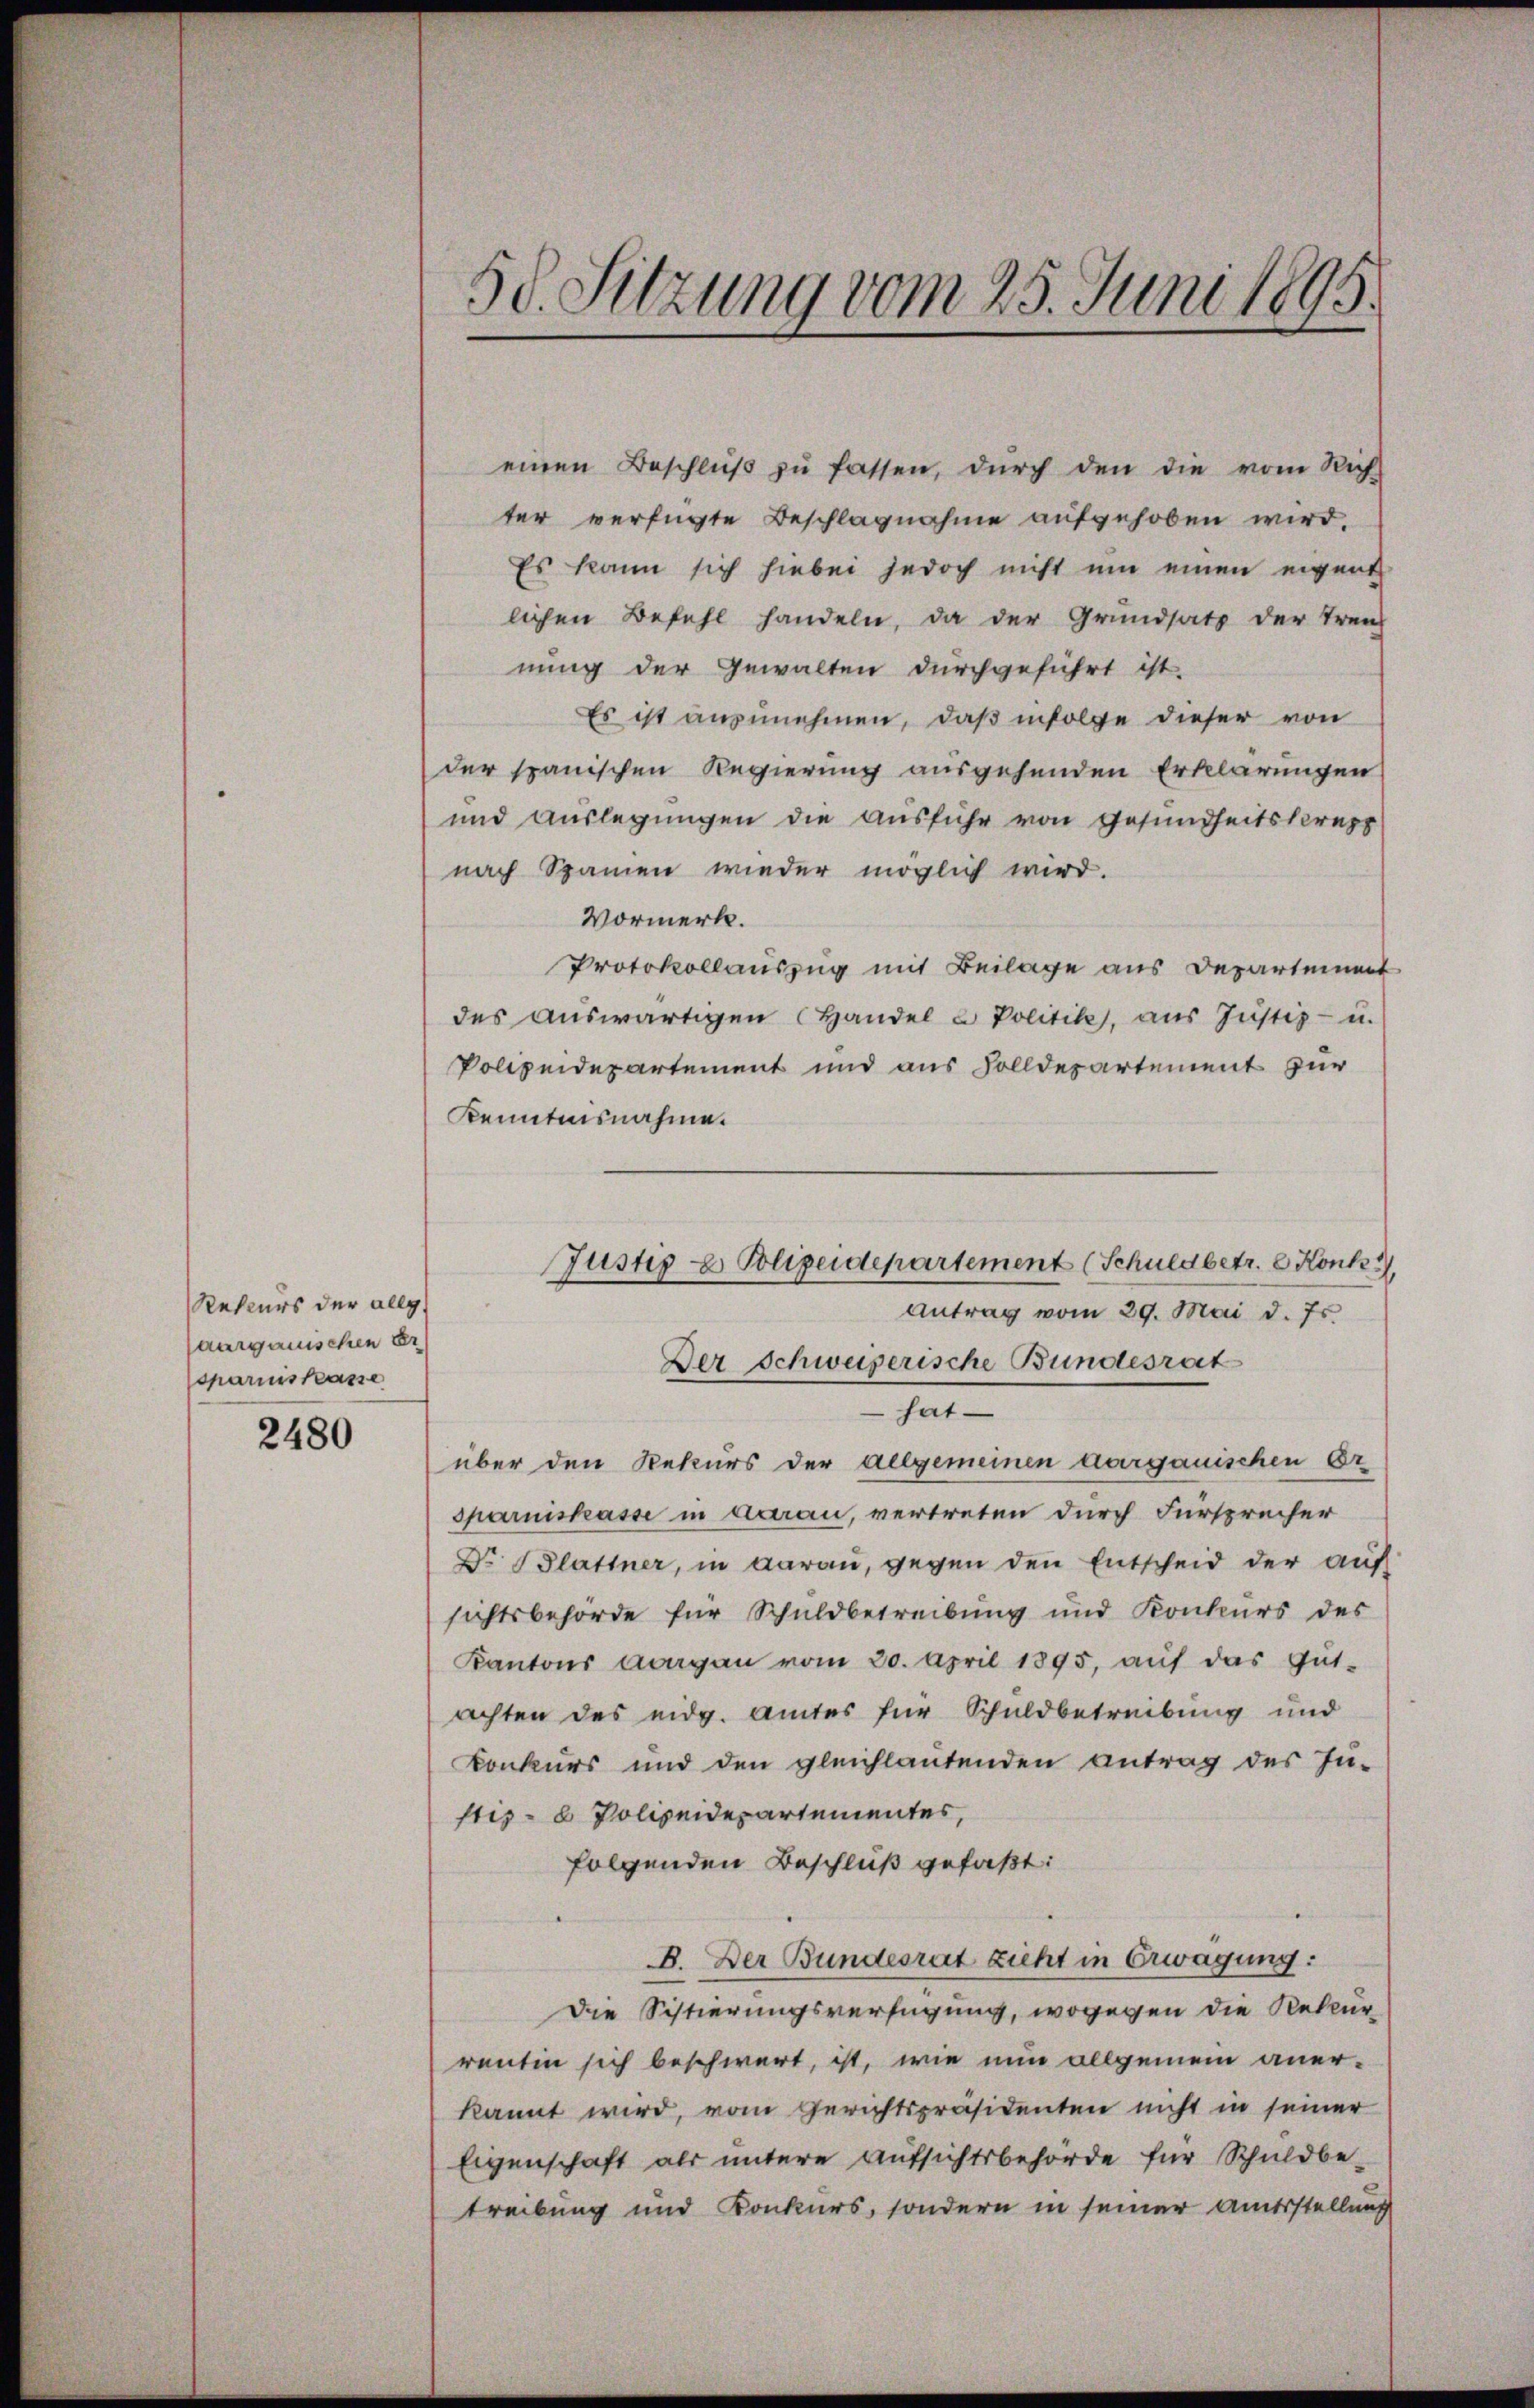
Rekurs der allg.
aargauischen Er
Charinskasse

2480

einen Beschlŭβ zŭ fassen, durch den die vom Rich-
ter verfügte Beschlagnahme aufgehoben wird.
Es kann sich hiebei jedoch nicht um einen eigent
lichen Befehl handeln, da der Grundsatz der Tren-
nung der Gewalten durchgeführt ist.
Es ist anzunehmen, daß infolge dieser von
der spanischen Regierung ausgehenden Erklärungen
und Auslegungen die Ausführ von Gesundheitskrepp
nach Spanien wieder möglich wird.
Vormerk.
Protokollauszug mit Beilage aus Departement
des auswärtigen Handel & Politik, aus Justiz- u.
Polizeidepartement und aus Solldepartement zur
Kenntnisnahme.
Der Schweizerische Bundesrat
hat
über den Rekurs der allgemeinen aarganischen Er
sparniskasse in Aarau, vertreten durch Fürsprecher
Dr Blattner, in darau, gegen den Entscheid der auf
sichtsbehörde für Schuldbetreibung und Konkurs des
Kantons Aargau vom 20. April 1895, aŭf das Gut-
achten des eidg. Amtes für Schuldbetreibung und
Konkurs und den gleichlautenden Antrag des Ju-
stiz- & Polizeidepartementes,
folgenden Beschluß gefaßt:
B. Der Bundesrat zieht in Erwägung:
Die Sistierungsverfügung, wogegen die Rekur-
rentin sich beschwert, ist, wie nun allgemein aner-
kannt wird, vom Gerichtspräsidenten nicht in seiner
Eigenschaft als untere Aufsichtsbehörde für Schuldbe-
treibung und Konkurs, sondern in seiner Amtsstellung

50. Sitzung vom 25. Juni 1895.

Justiz & Polizeidepartement (Schuldbetr. 2 Konk
Antrag vom 29. Mai d. Js.